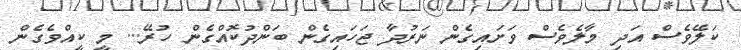
ކަލޭވެސް އަދި މާލެވެސް ވަށައިގެން ނަރުދާ ޖަހައިގެން ބަންދުކޮއްގެން ހުރޭ... މީ ކީއްވެގެން